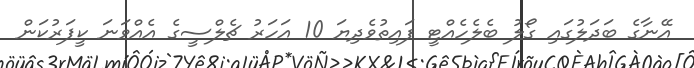
އޭނާގެ ބަދަލުގައި ގޯލު ބެލެހެއްޓީ ފައިތުވެދިޔަ 10 އަހަރު ޗެލްސީގެ އެއްވަނަ ކީޕަރުކަން